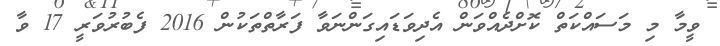
ވީމާ މި މަސައްކަތް ކޮށްދެއްވަން އެދިވަޑައިގަންނަވާ ފަރާތްތަކުން 2016 ފެބުރުވަރީ 17 ވާ